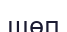
шөп